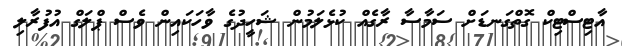
އާޓިސްޓިކް ގޮތްގަނޑަށް ސަމާސާ ރާގެއް ކުޅެލަމުން ޝަހީދުގެ ވާހަކައިން ވެސް ޕްލަގް އުފުރާލި